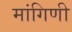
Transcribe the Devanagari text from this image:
मांगिणी